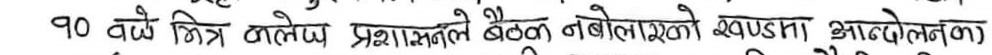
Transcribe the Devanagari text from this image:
१० वर्षे भित्र गालेज्य प्रणालीले बैठक नबोलाएको खण्डमा आनन्दोलनका